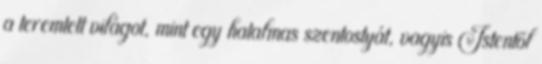
a teremtett világot, mint egy hatalmas szentostyát, vagyis Istentől